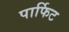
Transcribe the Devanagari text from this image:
पार्फिट